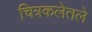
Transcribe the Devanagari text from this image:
चित्रकलेतले